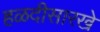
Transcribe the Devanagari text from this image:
हळदीसारखे